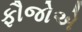
ફૌજોએ